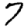
Digit: 7